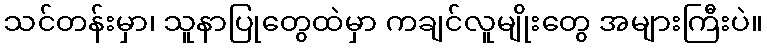
သင်တန်းမှာ၊ သူနာပြုတွေထဲမှာ ကချင်လူမျိုးတွေ အများကြီးပဲ။